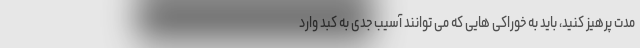
مدت پرهیز کنید، باید به خوراکی هایی که می توانند آسیب جدی به کبد وارد